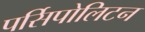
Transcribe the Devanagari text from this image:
पर्सिपोलिटन